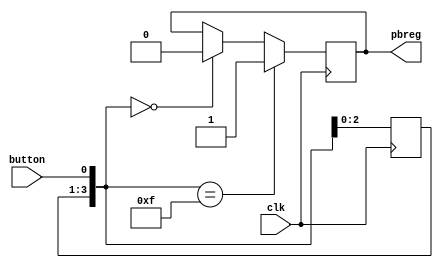
// Push Button Debounce  pbdebounce.v
// c 2012 Embedded Design using Programmable Gate Arrays  Dennis Silage

module pbdebounce(input clk, input button, output reg pbreg); 

reg [3:0] pbshift;
	
always@(posedge clk)
	begin
		pbshift=pbshift<<1;
		pbshift[0]=button;
	if (pbshift==0)
		pbreg=0;
	if (pbshift==15)
		pbreg=1;			
	end

endmodule